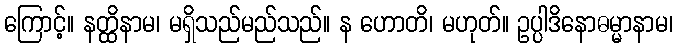
ကြောင့်။ နတ္ထိနာမ၊ မရှိသည်မည်သည်။ န ဟောတိ၊ မဟုတ်။ ဥပ္ပါဒိနောဓမ္မာနာမ၊